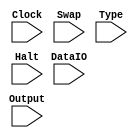
module Interface(Clock,DataIO,Swap,Type,Halt,Output);
	input Halt,Swap,Type,Clock;
	input [31:0] Output,DataIO;
	
	wire [3:0] reg01,reg02,reg03,reg04;
	wire [3:0] T1,T2,T3,T4;
	reg [31:0] TEMP;
	
	always@(posedge Clock)
	begin	
		
		// MUX //////////////////////
		if( Halt == 1'B0 )
		begin
			TEMP = Output;
		end
			else
			begin
				TEMP = DataIO; // Sada eh Input Data;
			end
	
		////////////////////////////		
	end
	
endmodule